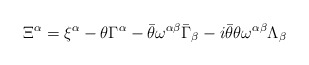
\begin{align*}\Xi^{\alpha}=\xi^{\alpha}-\theta\Gamma^{\alpha}-\bar{\theta}\omega^{\alpha\beta}\bar{\Gamma}_\beta-i\bar{\theta}\theta\omega^{\alpha\beta}\Lambda_\beta\end{align*}